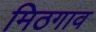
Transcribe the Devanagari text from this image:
मिठगाव